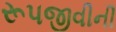
રૂપજીવીની